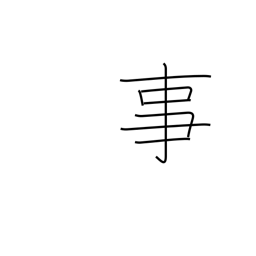
Meaning: fact